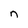
Character: n